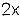
2X